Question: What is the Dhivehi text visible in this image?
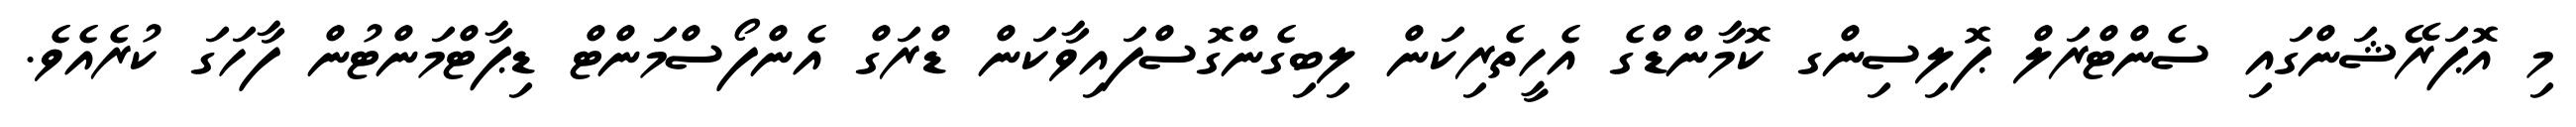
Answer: މި އޮޕަރޭޝަންގައި ސެންޓްރަލް ޕޮލިސިންގ ކޮމާންޑްގެ އެހީތެރިކަން ލިބިގެންގޮސްފައިވާކަން ޑްރަގް އެންފޯސްމަންޓް ޑިޕާޓްމަންޓުން ފާހަގަ ކުރެއެވެ.